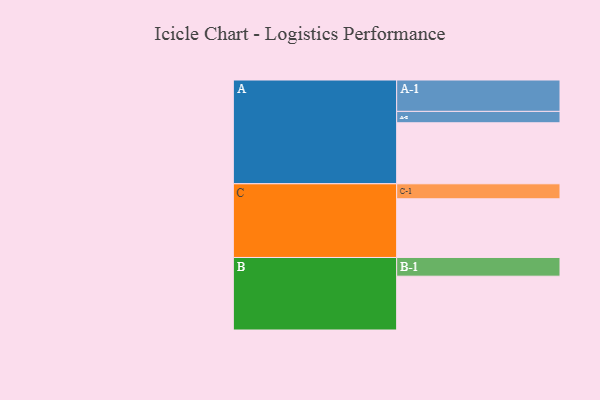
{"axis": {"x": "Segment", "y": "Value"}, "legend": ["", "A", "B", "C"], "data": [{"x": "A", "y": 525, "type": ""}, {"x": "B", "y": 463, "type": ""}, {"x": "C", "y": 505, "type": ""}, {"x": "A-1", "y": 270, "type": "A"}, {"x": "A-2", "y": 98, "type": "A"}, {"x": "B-1", "y": 161, "type": "B"}, {"x": "C-1", "y": 129, "type": "C"}]}